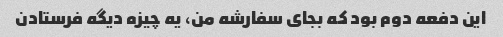
این دفعه دوم بود که بجای سفارشه من، یه چیزه دیگه فرستادن